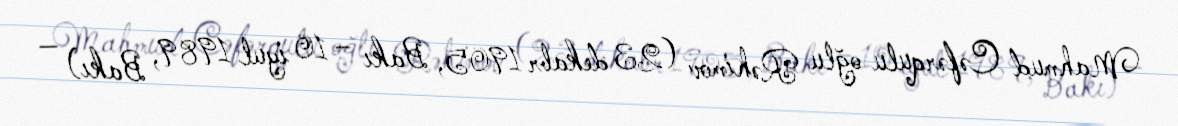
Mahmud Cəfərqulu oğlu Rəhimov (23 dekabr 1905, Bakı – 10 iyul 1989, Bakı) —